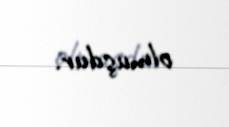
olmuşdur.